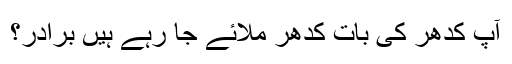
آپ کدھر کی بات کدھر ملائے جا رہے ہیں برادر؟